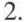
2.